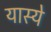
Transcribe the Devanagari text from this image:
यास्ये